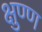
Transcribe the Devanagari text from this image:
क्षुण्ण